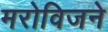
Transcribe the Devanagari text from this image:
मरोविजने